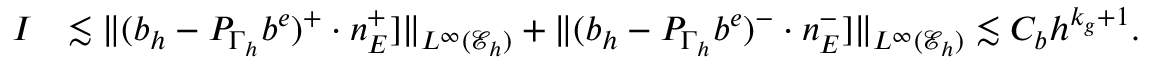
\begin{array} { r l } { I } & { \lesssim \| ( b _ { h } - { P } _ { \Gamma _ { h } } b ^ { e } ) ^ { + } \cdot n _ { E } ^ { + } ] \| _ { L ^ { \infty } ( \mathcal { E } _ { h } ) } + \| ( b _ { h } - { P } _ { \Gamma _ { h } } b ^ { e } ) ^ { - } \cdot n _ { E } ^ { - } ] \| _ { L ^ { \infty } ( \mathcal { E } _ { h } ) } \lesssim C _ { b } h ^ { k _ { g } + 1 } . } \end{array}